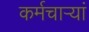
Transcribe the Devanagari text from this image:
कर्मचाऱ्यां